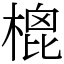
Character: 㮰